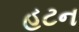
હટન